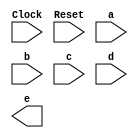


module EigenDecomposition(
         input Clock,
         input Reset,
         input [7:0] a,
         input [7:0] b,
         input [7:0] c,
         input [7:0] d,
         output reg [15:0] e 
         );
         
reg [7:0]inputM[15:0];
reg [7:0]tnspsM[15:0];
reg [7:0]outptM[15:0];

   initial      
   begin
      inputM[0]= 8'b00000000;
      inputM[1]= 8'b00000000;
      inputM[2]= 8'b00000000;
      inputM[3]= 8'b00000000;
      inputM[4]= 8'b00000000;
      inputM[5]= 8'b00000000;
      inputM[6]= 8'b00000000;
      inputM[7]= 8'b00000000;
      inputM[8]= 8'b00000000;
      inputM[9]= 8'b00000000;
      inputM[10]= 8'b00000000;
      inputM[11]= 8'b00000000;
      inputM[12]= 8'b00000000;
      inputM[13]= 8'b00000000;
      inputM[14]= 8'b00000000;
      inputM[15]= 8'b00000000;       
   end
   
   always@(posedge Clock)
   begin
      if(Reset==1'b1)                                                                                                                                                                                                                                                                                                                           
      begin
        
      end
      else if(Reset==1'b0)
      begin
          //Shifting in Input Data as first row of Input Matrix and shifting out last row of Input Matrix
         inputM[3]= inputM[7];inputM[2]= inputM[6];inputM[1]= inputM[5];inputM[0]= inputM[4];
         inputM[7]= inputM[11];inputM[6]= inputM[10];inputM[5]= inputM[9];inputM[4]= inputM[8];
         inputM[11]= inputM[15];inputM[10]= inputM[14];inputM[9]= inputM[13];inputM[8]= inputM[12];
         inputM[15]= a;inputM[14]= b;inputM[13]= c;inputM[12]= d;
         
         //Finding Transpose of Input Matrix
         tnspsM[15]= inputM[15];tnspsM[14]= inputM[11];tnspsM[13]= inputM[7];tnspsM[12]= inputM[3];
         tnspsM[11]= inputM[14];tnspsM[10]= inputM[10];tnspsM[9]= inputM[6];tnspsM[8]= inputM[2];
         tnspsM[7]= inputM[13];tnspsM[6]= inputM[9];tnspsM[5]= inputM[5];tnspsM[4]= inputM[1];
         tnspsM[3]= inputM[12];tnspsM[2]= inputM[8];tnspsM[1]= inputM[4];tnspsM[0]= inputM[0];
         
         //Input Matrix X Transpose Matrix
         //1st Row
         outptM[15]= (inputM[15]*tnspsM[15])+(inputM[14]*tnspsM[11])+(inputM[13]*tnspsM[7])+(inputM[12]*tnspsM[3]);
         outptM[14]= (inputM[15]*tnspsM[14])+(inputM[14]*tnspsM[10])+(inputM[13]*tnspsM[6])+(inputM[12]*tnspsM[2]);
         outptM[13]= (inputM[15]*tnspsM[13])+(inputM[14]*tnspsM[9])+(inputM[13]*tnspsM[5])+(inputM[12]*tnspsM[1]);
         outptM[12]= (inputM[15]*tnspsM[12])+(inputM[14]*tnspsM[8])+(inputM[13]*tnspsM[4])+(inputM[12]*tnspsM[0]);
         //2nd Row
         outptM[11]= (inputM[11]*tnspsM[15])+(inputM[10]*tnspsM[11])+(inputM[9]*tnspsM[7])+(inputM[8]*tnspsM[3]);
         outptM[10]= (inputM[11]*tnspsM[14])+(inputM[10]*tnspsM[10])+(inputM[9]*tnspsM[6])+(inputM[8]*tnspsM[2]);
         outptM[9]= (inputM[11]*tnspsM[13])+(inputM[10]*tnspsM[9])+(inputM[9]*tnspsM[5])+(inputM[8]*tnspsM[1]);
         outptM[8]= (inputM[11]*tnspsM[12])+(inputM[10]*tnspsM[8])+(inputM[9]*tnspsM[4])+(inputM[8]*tnspsM[0]);
         //3rd Row
         outptM[7]= (inputM[7]*tnspsM[15])+(inputM[6]*tnspsM[11])+(inputM[5]*tnspsM[7])+(inputM[4]*tnspsM[3]);
         outptM[6]= (inputM[7]*tnspsM[14])+(inputM[6]*tnspsM[10])+(inputM[5]*tnspsM[6])+(inputM[4]*tnspsM[2]);
         outptM[5]= (inputM[7]*tnspsM[13])+(inputM[6]*tnspsM[9])+(inputM[5]*tnspsM[5])+(inputM[4]*tnspsM[1]);
         outptM[4]= (inputM[7]*tnspsM[12])+(inputM[6]*tnspsM[8])+(inputM[5]*tnspsM[4])+(inputM[4]*tnspsM[0]);
         //4rth Row
         outptM[3]= (inputM[3]*tnspsM[15])+(inputM[2]*tnspsM[11])+(inputM[1]*tnspsM[7])+(inputM[0]*tnspsM[3]);
         outptM[2]= (inputM[3]*tnspsM[14])+(inputM[2]*tnspsM[10])+(inputM[1]*tnspsM[6])+(inputM[0]*tnspsM[2]);
         outptM[1]= (inputM[3]*tnspsM[13])+(inputM[2]*tnspsM[9])+(inputM[1]*tnspsM[5])+(inputM[0]*tnspsM[1]);
         outptM[0]= (inputM[3]*tnspsM[12])+(inputM[2]*tnspsM[8])+(inputM[1]*tnspsM[4])+(inputM[0]*tnspsM[0]);
      end
   end
endmodule